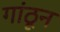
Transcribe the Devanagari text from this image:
गांठून